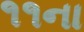
૧૧ના